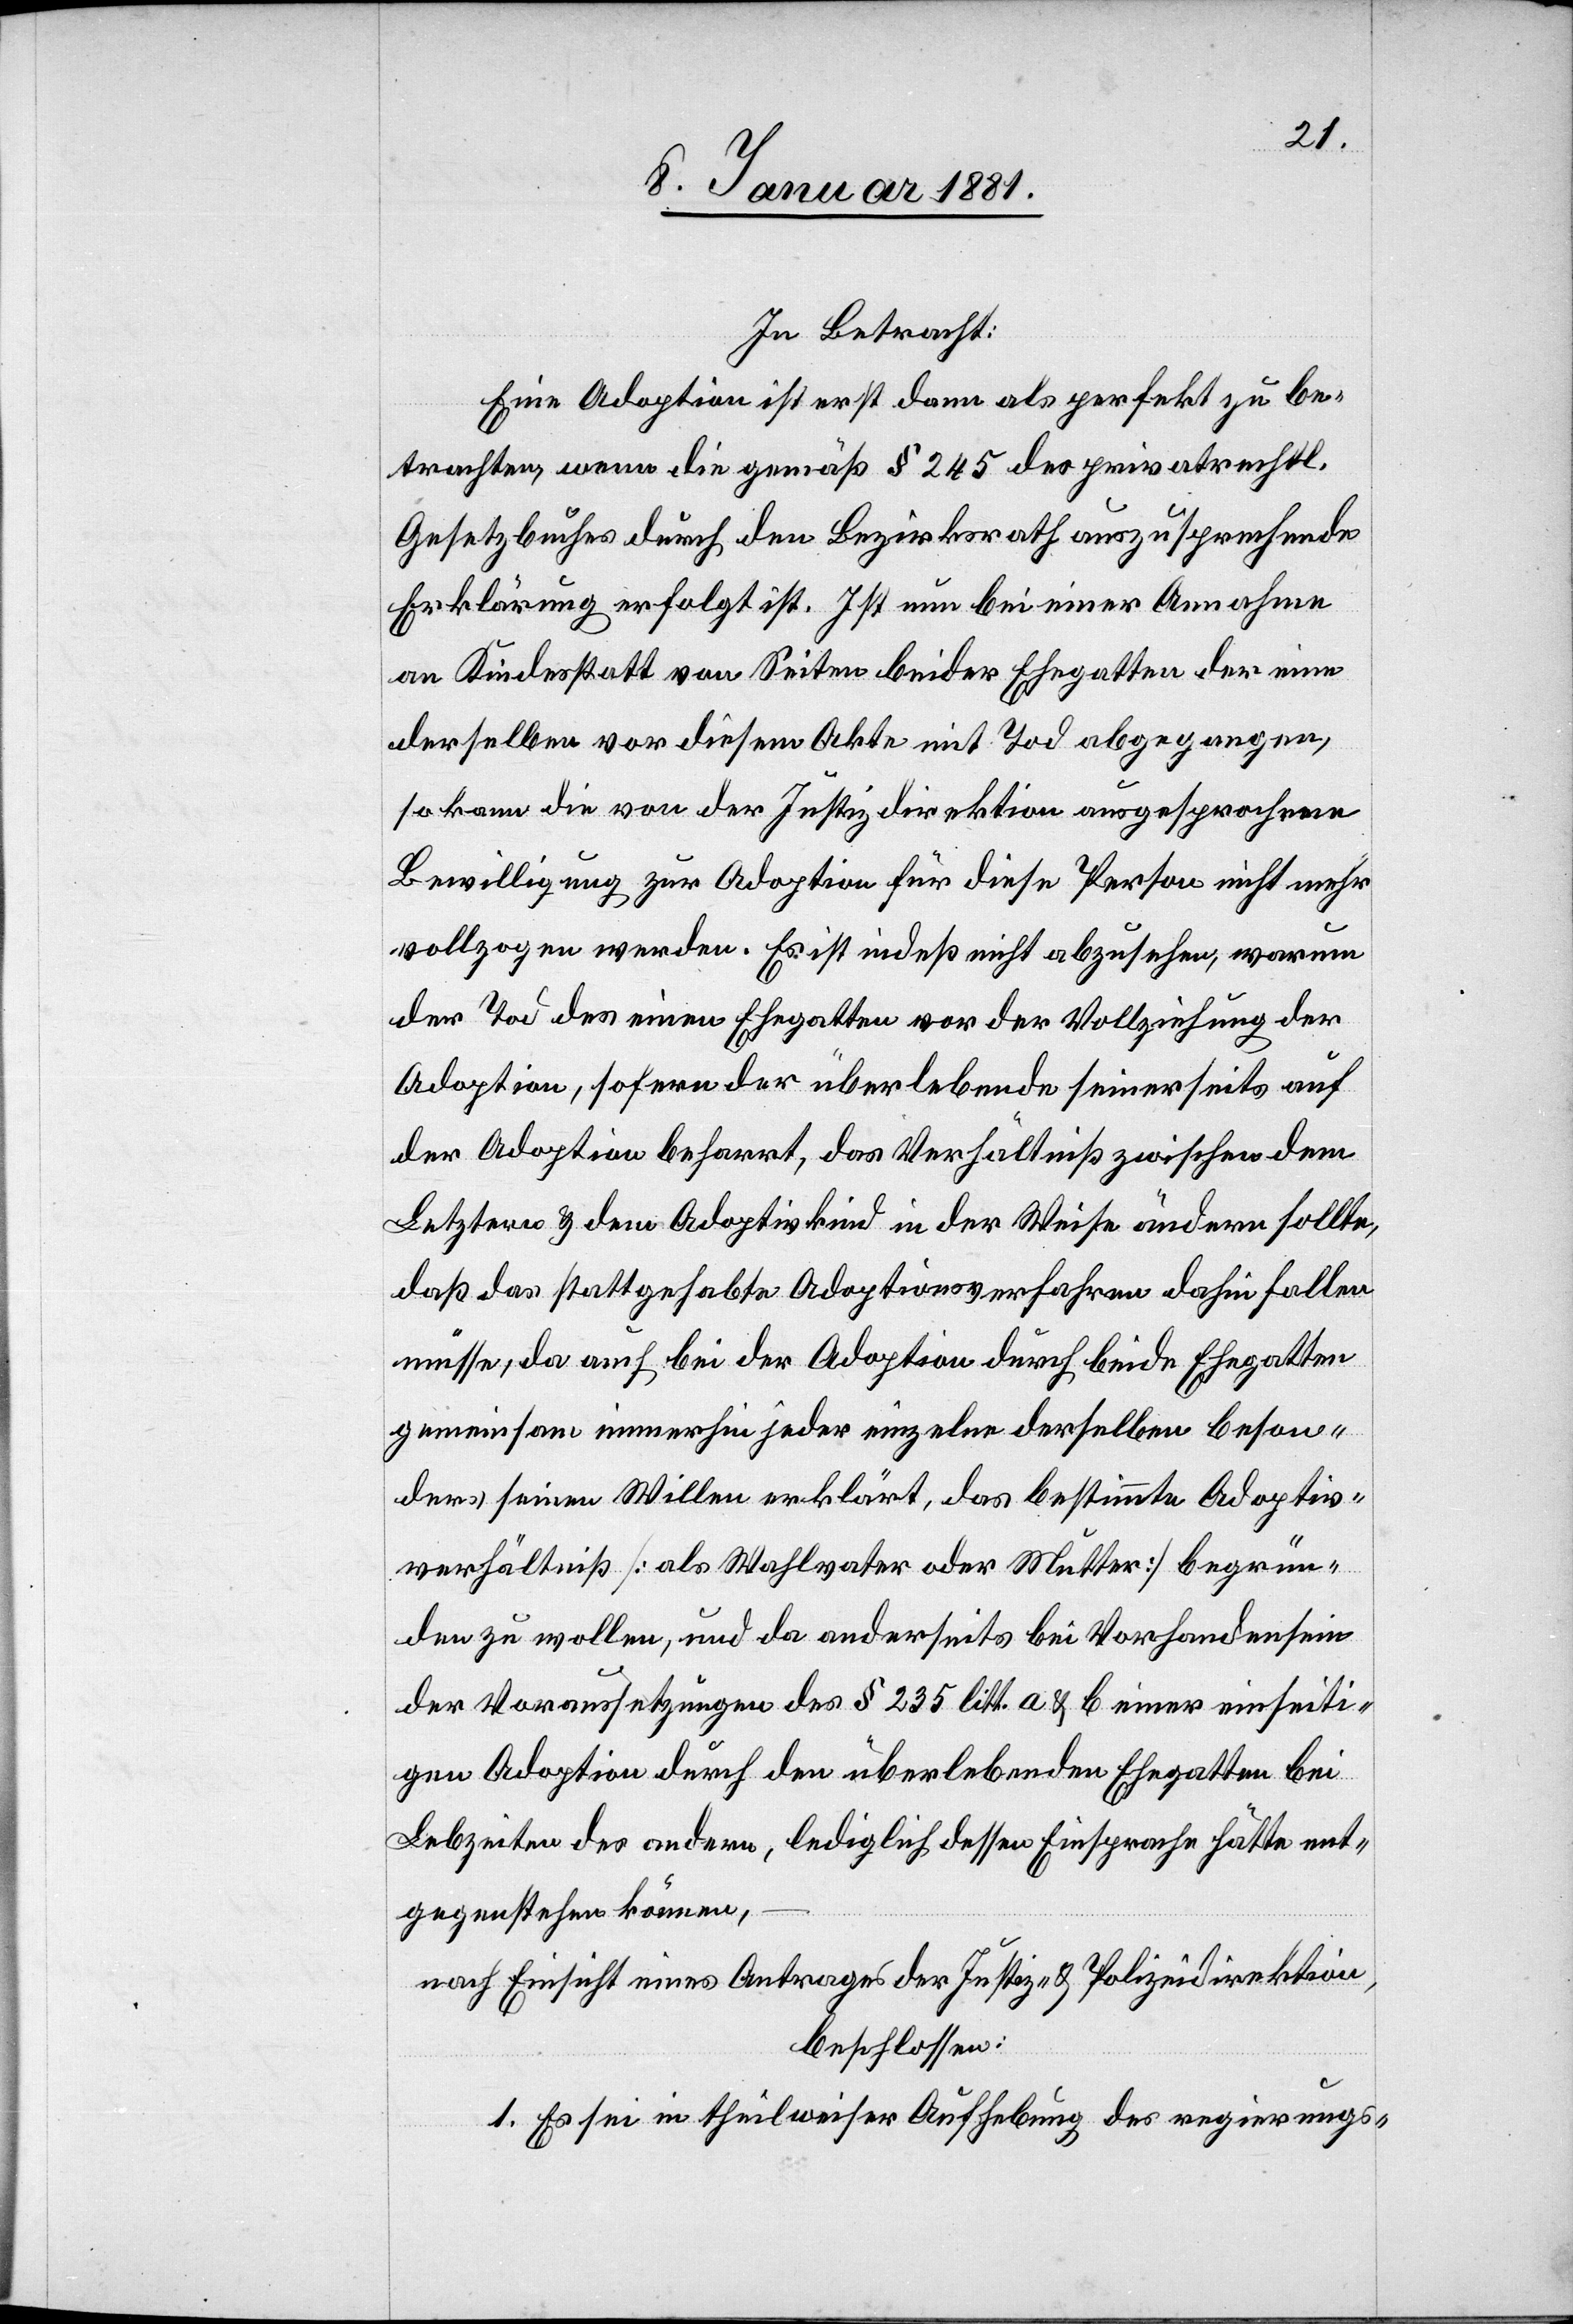
In Betracht:
Eine Adoption ist erst dann als perfekt zu be¬
trachten, wenn die gemäß § 245 des privatrechtl.
Gesetzbuches durch den Bezirksrath auszusprechende
Erklärung erfolgt ist. Ist nun bei einer Annahme
an Kindesstatt von Seiten beider Ehegatten der eine
derselben vor diesem Akte mit Tod abgegangen,
so kann die von der Justizdirektion ausgesprochene
Adoption, sofern der überlebende seinerseits auf
der Adoption beharrt, das Verhältniß zwischen dem
Letztern & dem Adoptivkind in der Weise ändern sollte,
daß das stattgehabte Adoptionsverfahren dahin fallen
müsse, da auch bei der Adoption durch beide Ehegatten
gemeinsam immerhin jeder einzelne derselben beson¬
ders seinen Willen erklärt, das bestimmte Adoptiv¬
verhältniß [als Wahlvater oder Mutter] begrün¬
den zu wollen und da anderseits bei Vorhandensein
der Voraussetzungen des § 235 litt. a & b einer einseiti¬
gen Adoption durch den überlebenden Ehegatten bei
Lebzeiten des andern, lediglich dessen Einsprache hätte ent¬
gegenstehen können,
nach Einsicht eines Antrages der Justiz- & Polizeidirektion,
beschlossen:
1. Es sei in theilweiser Aufhebung des regierungs-